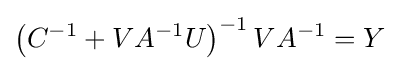
\left(C^{-1}+VA^{-1}U\right)^{-1}VA^{-1}=Y